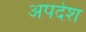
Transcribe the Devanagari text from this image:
अपदेश